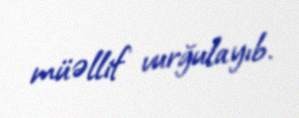
müəllif vurğulayıb.